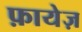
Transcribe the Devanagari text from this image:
फ़ायेज़